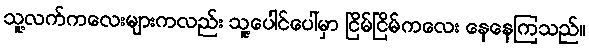
သူ့လက်ကလေးများကလည်း သူ့ပေါင်ပေါ်မှာ ငြိမ်ငြိမ်ကလေး နေနေကြသည်။